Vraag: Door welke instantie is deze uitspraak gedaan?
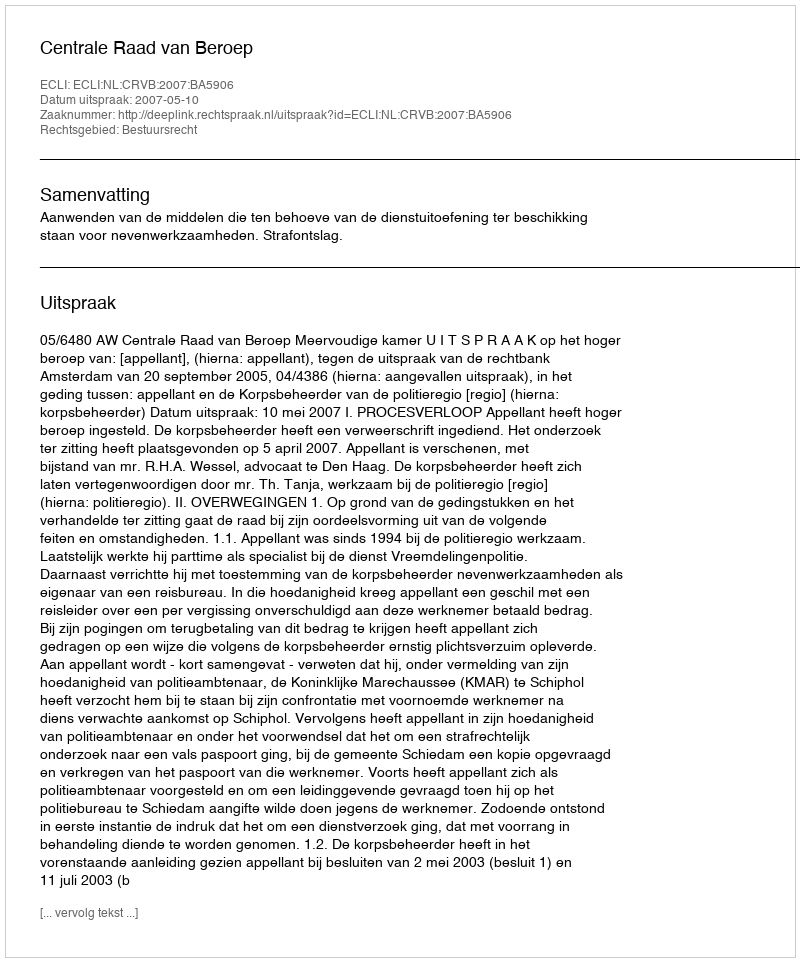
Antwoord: Centrale Raad van Beroep